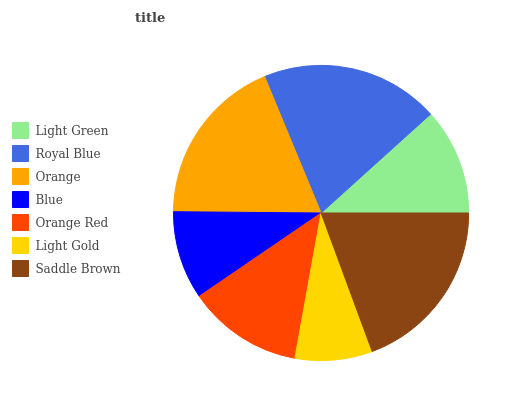
| Light Green | Royal Blue | Orange | Blue | Orange Red | Light Gold | Saddle Brown |
 | --- | --- | --- | --- | --- | --- | --- |
 | 11.7% | 19.6% | 18.6% | 9.67% | 12.6% | 8.45% | 19.4% |